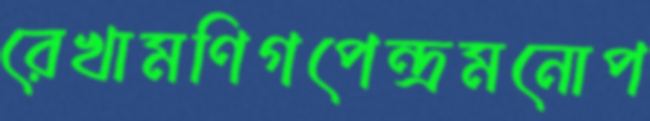
রেখামণিগপেন্দ্রমনোপ